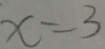
x = 3